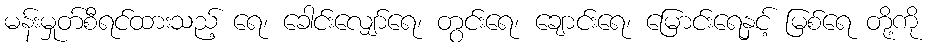
မန်းမှုတ်စီရင်ထားသည့် ရေ၊ ခေါင်းလျှော်ရေ၊ တွင်းရေ၊ ချောင်းရေ၊ မြောင်းရေနှင့် မြစ်ရေ တို့ကို